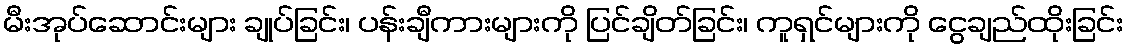
မီးအုပ်ဆောင်းများ ချုပ်ခြင်း၊ ပန်းချီကားများကို ပြင်ချိတ်ခြင်း၊ ကူရှင်များကို ငွေချည်ထိုးခြင်း